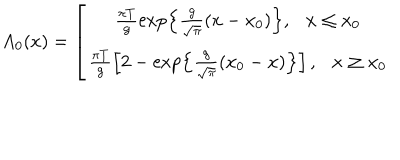
LaTeX: A _ { 0 } ( x ) = \left[ \begin{array} { c } { { \frac { \pi T } g \exp \left\{ \frac g { \sqrt { \pi } } ( x - x _ { 0 } ) \right\} , \ \ \ x \leq x _ { 0 } } } \\ { { \frac { \pi T } g \left[ 2 - \exp \left\{ \frac g { \sqrt { \pi } } ( x _ { 0 } - x ) \right\} \right] , \ \ \ x \geq x _ { 0 } } } \\ \end{array} \right.